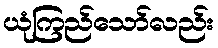
ယုံကြည်သော်လည်း